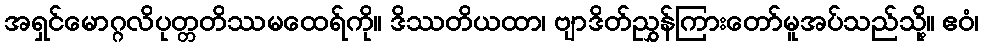
အရှင်မောဂ္ဂလိပုတ္တတိဿမထေရ်ကို။ ဒိဿတိယထာ၊ ဗျာဒိတ်ညွှန်ကြားတော်မူအပ်သည်သို့။ ဧဝံ၊